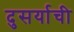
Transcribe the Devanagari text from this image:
दुसर्याची